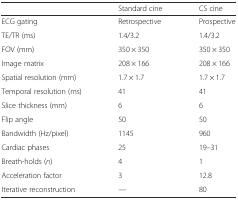
<table><thead><tr><td></td><td><b>Standard cine</b></td><td><b>CS cine</b></td></tr></thead><tbody><tr><td>ECG gating</td><td>Retrospective</td><td>Prospective</td></tr><tr><td>TE/TR (ms)</td><td>1.4/3.2</td><td>1.4/3.2</td></tr><tr><td>FOV (mm)</td><td>350 × 350</td><td>350 × 350</td></tr><tr><td>Image matrix</td><td>208 × 166</td><td>208 × 166</td></tr><tr><td>Spatial resolution (mm)</td><td>1.7 × 1.7</td><td>1.7 × 1.7</td></tr><tr><td>Temporal resolution (ms)</td><td>41</td><td>41</td></tr><tr><td>Slice thickness (mm)</td><td>6</td><td>6</td></tr><tr><td>Flip angle</td><td>50</td><td>50</td></tr><tr><td>Bandwidth (Hz/pixel)</td><td>1145</td><td>960</td></tr><tr><td>Cardiac phases</td><td>25</td><td>19–31</td></tr><tr><td>Breath-holds (<i>n</i>)</td><td>4</td><td>1</td></tr><tr><td>Acceleration factor</td><td>3</td><td>12.8</td></tr><tr><td>Iterative reconstruction</td><td>—</td><td>80</td></tr></tbody></table>